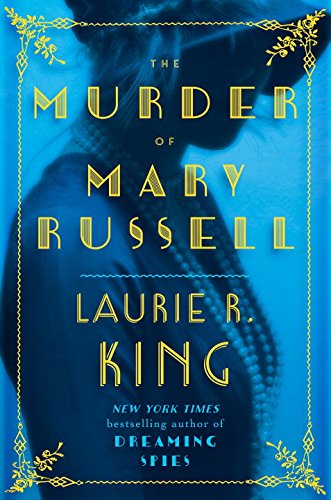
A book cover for The Murder of Mary Russell: A novel of suspense featuring Mary Russell and Sherlock Holmes; Laurie R. King; Mystery, Thriller & Suspense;